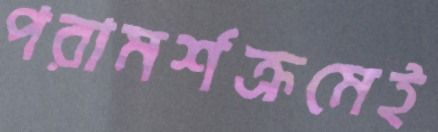
পরামর্শক্রমেই